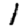
Digit: 1